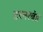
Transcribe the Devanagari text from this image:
टरनरबंड